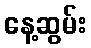
နေ့ဆွမ်း